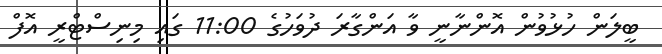
ބީލަން ހުޅުވުން އޮންނާނީ ވާ އަންގާރަ ދުވަހުގެ 11:00 ގައި މިނިސްޓްރީ އޮފް